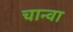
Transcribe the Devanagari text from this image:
चान्वा